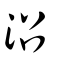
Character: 沼